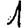
Digit: 1